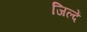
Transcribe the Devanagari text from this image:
जिल्दें